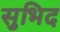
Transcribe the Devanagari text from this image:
सुभिद